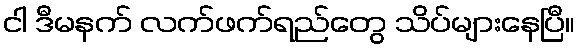
ငါ ဒီမနက် လက်ဖက်ရည်တွေ သိပ်များနေပြီ။